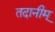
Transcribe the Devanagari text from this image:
तदानीम्